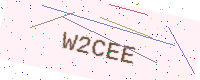
Text: W2CEE